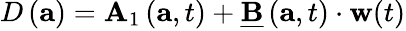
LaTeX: \begin{array}{r}{\begin{array}{r}{D\left(\mathbf{a}\right)=\mathbf{A}_{1}\left(\mathbf{a},t\right)+\underline{{\mathbf{B}}}\left(\mathbf{a},t\right)\cdot\mathbf{w}(t)}\end{array}}\end{array}